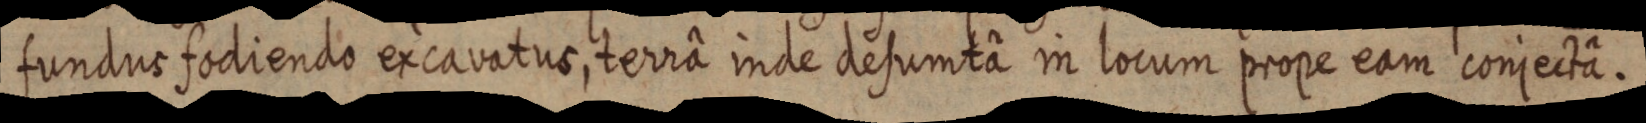
fundus fodiendo excavatus, terrâ inde desumtâ in locum prope eam conjectâ.